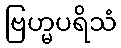
ဗြဟ္မပရိသံ